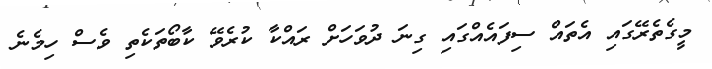
މީގެތެރޭގައި އެތައް ސިފައެއްގައި ގިނަ ދުވަހަށް ރައްކާ ކުރެވޭ ކާބޯތަކެތި ވެސް ހިމެނެ